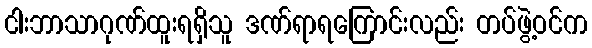
ငါးဘာသာဂုဏ်ထူးရရှိသူ ဒဏ်ရာရကြောင်းလည်း တပ်ဖွဲ့ဝင်က